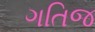
ગતિજ